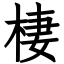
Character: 棲